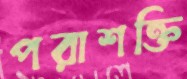
পরাশক্তি